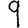
Digit: 9